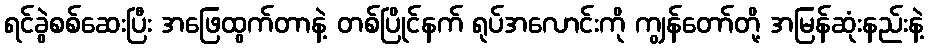
ရင်ခွဲစစ်ဆေးပြီး အဖြေထွက်တာနဲ့ တစ်ပြိုင်နက် ရုပ်အလောင်းကို ကျွန်တော်တို့ အမြန်ဆုံးနည်းနဲ့